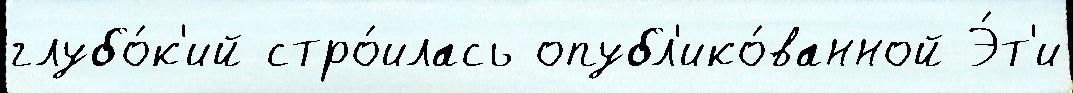
глубо́к'ий стро́илась опубл'ико́ванной Э́т'и